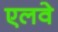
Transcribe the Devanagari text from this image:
एलवे